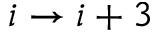
i \to i + 3